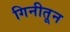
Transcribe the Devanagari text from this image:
गिनीतून